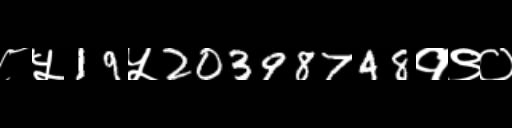
Text: ८५19५20398748१९०